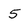
Character: 5